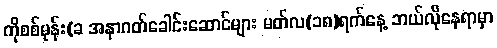
ကိုစစ်မုန်း(ခ အနာဂတ်ခေါင်းဆောင်များ မတ်လ(၁၈)ရက်နေ့ ဘယ်လိုနေရာမှာ